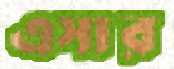
এসার